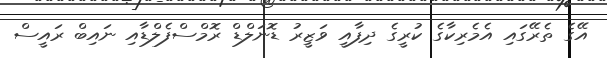
އޭގެ ތެރޭގައި އެމެރިކާގެ ކުރީގެ ދިފާއީ ވަޒީރު ޑޮނަލްޑް ރޮމްސްފެލްޑާއި ނައިބް ރައީސް